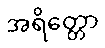
အရိတ္တော